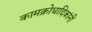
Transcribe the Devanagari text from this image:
कामक्रोधादिकांनीं